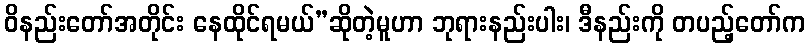
ဝိနည်းတော်အတိုင်း နေထိုင်ရမယ်”ဆိုတဲ့မူဟာ ဘုရားနည်းပါး၊ ဒီနည်းကို တပည့်တော်က